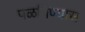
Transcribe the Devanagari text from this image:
पळविण्यास